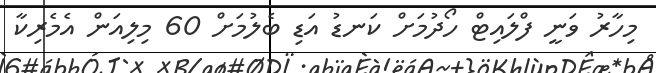
މިހާރު ވަނީ ފްލައިޓް ހޯދުމަށް ކަނޑު އަޑި ބެލުމަށް 60 މިލިއަން އެމެރިކާ